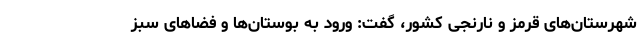
شهرستان‌های قرمز و نارنجی کشور، گفت: ورود به بوستان‌ها و فضا‌های سبز